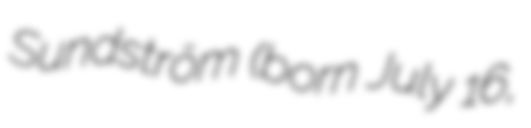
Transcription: Sundström (born July 16,